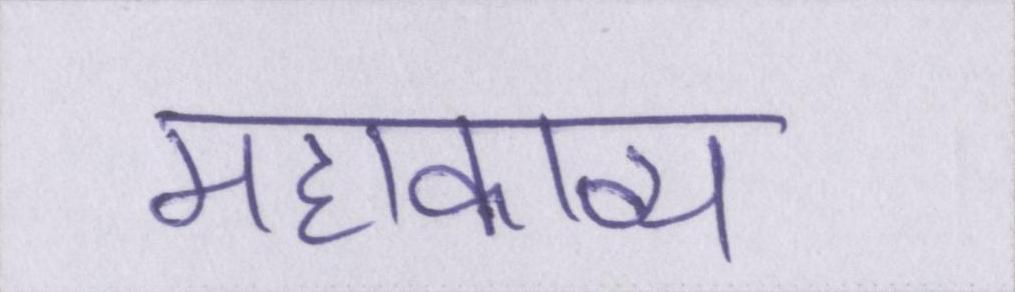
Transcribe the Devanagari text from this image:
महाकाव्य